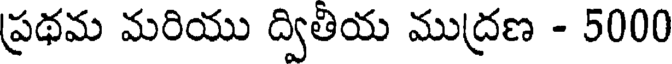
ప్రథమ మరియు ద్వితియ ముద్రణ - 5000